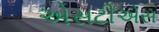
એસટીએસ